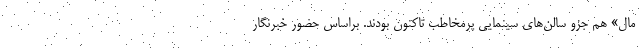
مال» هم جزو سالن‌های سینمایی پرمخاطب تاکنون بودند. براساس حضور خبرنگار